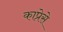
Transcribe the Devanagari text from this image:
काप्रेसे